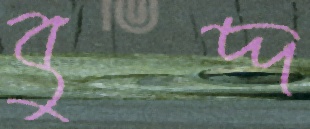
বুদ্দ